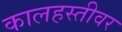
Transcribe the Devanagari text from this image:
कालहस्तीवर